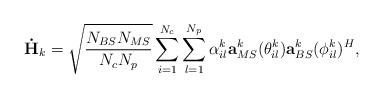
LaTeX: \begin{align*} \mathbf{\dot{H}}_k = \sqrt{\frac{N_{BS}N_{MS}}{N_cN_p}}\sum_{i = 1}^{N_c}\sum_{l=1}^{N_p}\alpha_{il}^k \mathbf{a}_{MS}^k(\theta_{il}^k) \mathbf{a}_{BS}^k(\phi_{il}^k)^H,\end{align*}